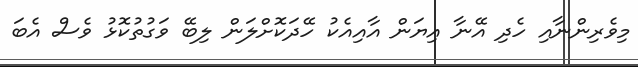
މިވެރިންނާއި ހެދި އޭނާ އިޔަން އާއިއެކު ހޭދަކޮށްލަން ލިބޭ ވަގުތުކޮޅު ވެސް އެބަ